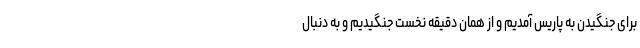
برای جنگیدن به پاریس آمدیم و از همان دقیقه نخست جنگیدیم و به دنبال